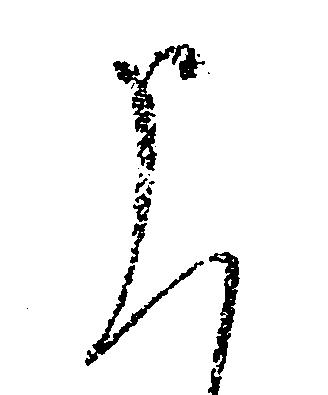
申